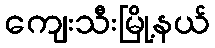
ကျေးသီးမြို့နယ်